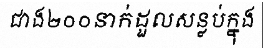
ជាង២០០នាក់ដួលសន្លប់ក្នុង